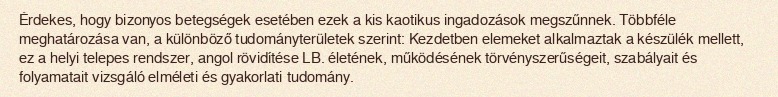
Érdekes, hogy bizonyos betegségek esetében ezek a kis kaotikus ingadozások megszűnnek. Többféle meghatározása van, a különböző tudományterületek szerint: Kezdetben elemeket alkalmaztak a készülék mellett, ez a helyi telepes rendszer, angol rövidítése LB. életének, működésének törvényszerűségeit, szabályait és folyamatait vizsgáló elméleti és gyakorlati tudomány.